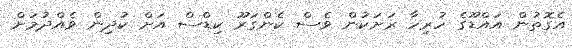
އެގޮތުން އައްޑޫގެ ހުރިހާ ރަށަކުން ވެސް ކެންގަރޫ ކިޑްސް އަށް ކުދިން ވެއްދުމަށް